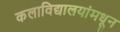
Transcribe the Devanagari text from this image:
कलाविद्यालयांमधून